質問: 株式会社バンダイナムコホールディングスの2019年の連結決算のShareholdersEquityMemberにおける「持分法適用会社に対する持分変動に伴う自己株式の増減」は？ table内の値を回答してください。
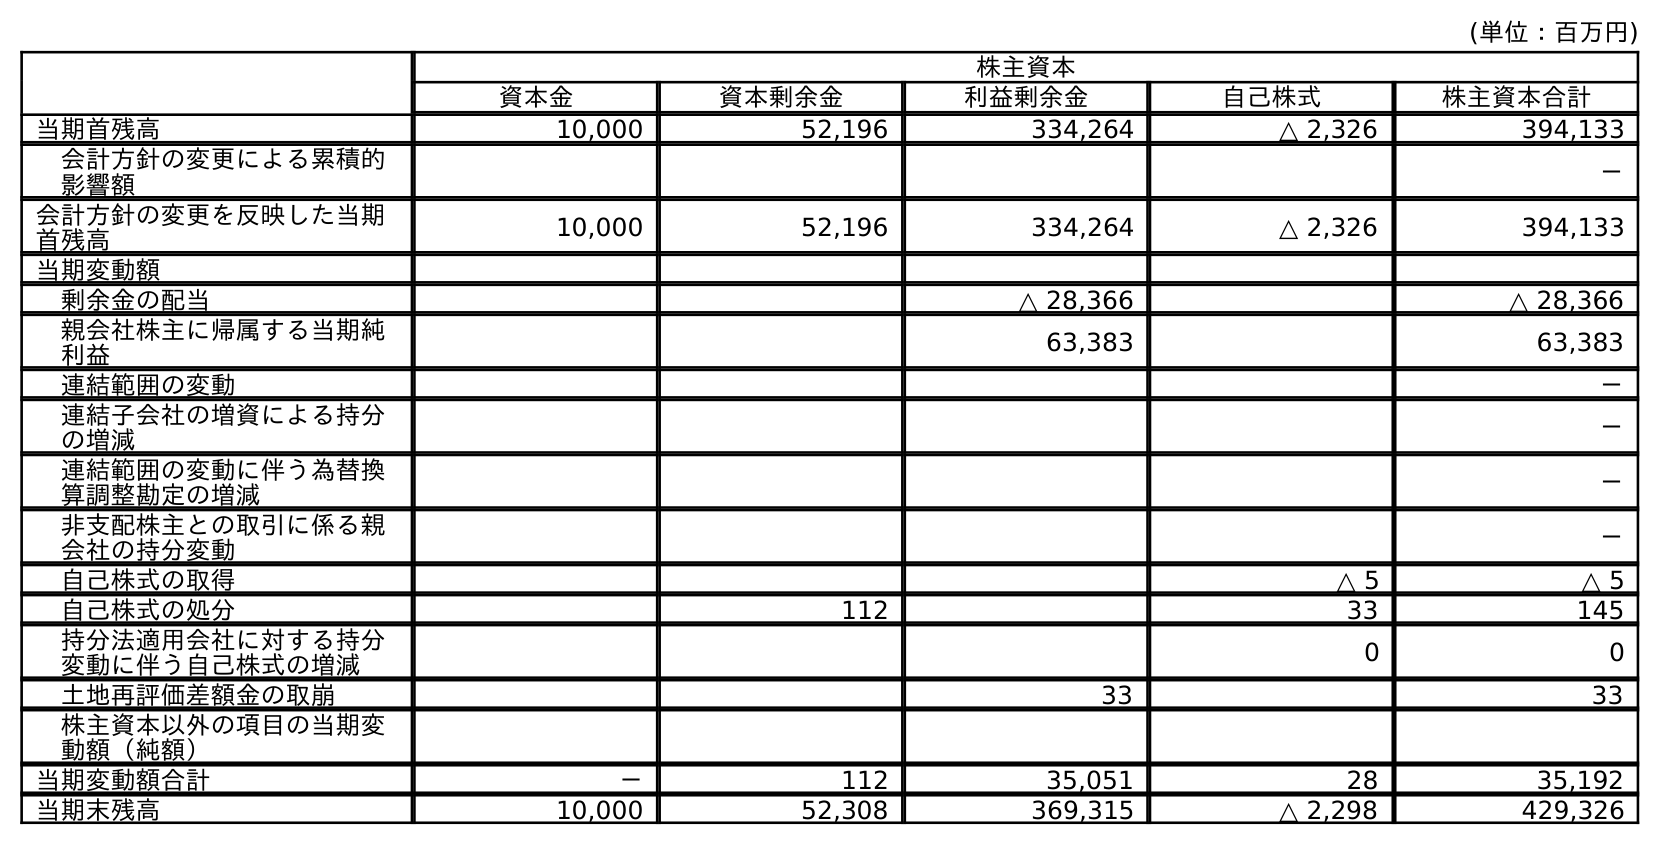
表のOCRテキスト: (単位：百万円) 株主資本 資本金 資本剰余金 利益剰余金 自己株式 株主資本合計 当期首残高 10,000 52,196 334,264 △ 2,326 394,133 会計方針の変更による累積的 影響額 － 会計方針の変更を反映した当期 首残高 10,000 52,196 334,264 △ 2,326 394,133 当期変動額 剰余金の配当 △ 28,366 △ 28,366 親会社株主に帰属する当期純 利益 63,383 63,383 連結範囲の変動 － 連結子会社の増資による持分 の増減 － 連結範囲の変動に伴う為替換 算調整勘定の増減 － 非支配株主との取引に係る親 会社の持分変動 － 自己株式の取得 △ 5 △ 5 自己株式の処分 112 33 145 持分法適用会社に対する持分 変動に伴う自己株式の増減 0 0 土地再評価差額金の取崩 33 33 株主資本以外の項目の当期変 動額（純額） 当期変動額合計 － 112 35,051 28 35,192 当期末残高 10,000 52,308 369,315 △ 2,298 429,326
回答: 0